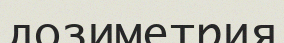
дозиметрия